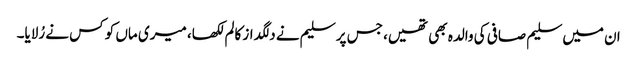
ان میں سلیم صافی کی والدہ بھی تھیں، جس پر سلیم نے دلگداز کالم لکھا، میری ماں کو کس نے رُلایا۔